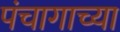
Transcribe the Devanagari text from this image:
पंचागाच्या